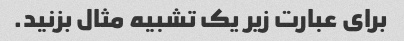
برای عبارت زیر یک تشبیه مثال بزنید.